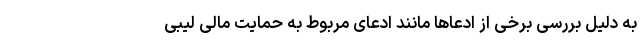
به دلیل بررسی برخی از ادعاها مانند ادعای مربوط به حمایت مالی لیبی